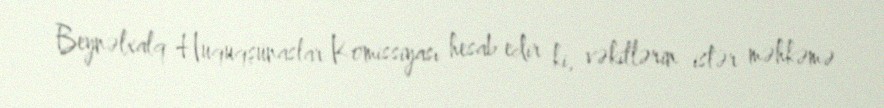
Beynəlxalq Hüquqşünaslar Komissiyası hesab edir ki, vəkillərin istər məhkəmə